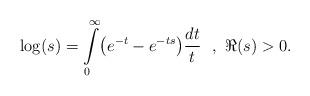
LaTeX: \begin{align*} \log(s) = \int\limits_0^\infty\bigl(e^{-t}-e^{-ts}\bigr)\frac{dt}{t}\,\,\,\,,\,\,\Re(s)>0.\end{align*}